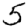
Digit: 5